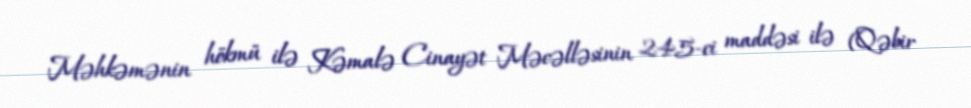
Məhkəmənin hökmü ilə Kəmalə Cinayət Məcəlləsinin 245-ci maddəsi ilə (Qəbir